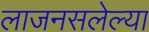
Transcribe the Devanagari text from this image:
लाजनसलेल्या